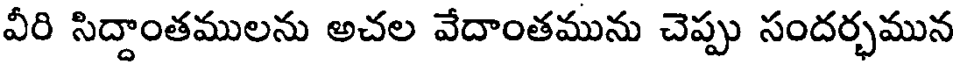
వీరి సిద్దాంతములను అచల వేదాంతమును చెప్పు సందర్భమున